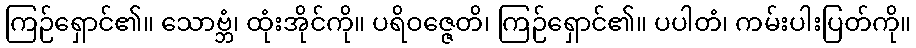
ကြဉ်ရှောင်၏။ သောဗ္ဘံ၊ ထုံးအိုင်ကို။ ပရိဝဇ္ဇေတိ၊ ကြဉ်ရှောင်၏။ ပပါတံ၊ ကမ်းပါးပြတ်ကို။